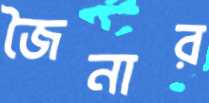
জৈনার